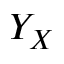
Y _ { X }